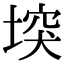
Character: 堗